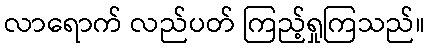
လာရောက် လည်ပတ် ကြည့်ရှုကြသည်။